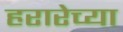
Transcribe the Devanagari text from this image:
हरारेच्या